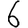
Digit: 6